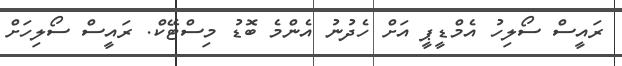
ރައީސް ސޯލިހު އެމްޑީޕީ އަށް ހެދުނު އެންމެ ބޮޑު މިސްޓޭކް. ރައީސް ސޯލިހަށް